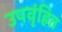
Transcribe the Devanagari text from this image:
उपवृंहित